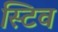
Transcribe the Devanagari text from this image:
स्टिव